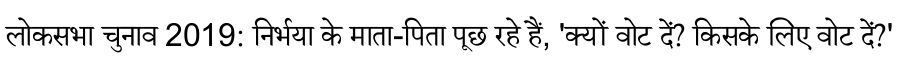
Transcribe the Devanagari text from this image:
लोकसभा चुनाव 2019: निर्भया के माता-पिता पूछ रहे हैं, 'क्यों वोट दें? किसके लिए वोट दें?'